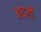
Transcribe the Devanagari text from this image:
आदली